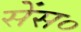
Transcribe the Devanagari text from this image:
सेंस०